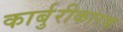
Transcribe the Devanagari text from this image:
कार्बुरीकारक